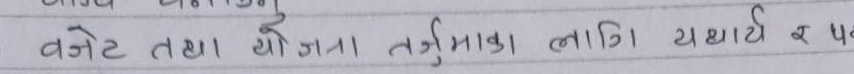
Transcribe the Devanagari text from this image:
बजेट तथा योजना तर्जुमाका लागि यथार्थ र पक